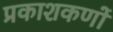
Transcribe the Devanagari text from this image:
प्रकाशकणों